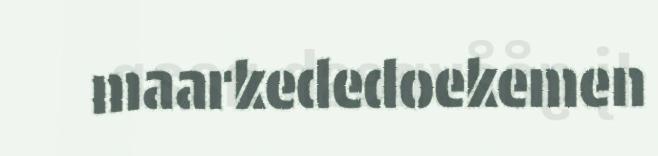
maarkededoekemen